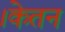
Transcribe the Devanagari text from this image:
।केतन